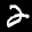
Label: 2